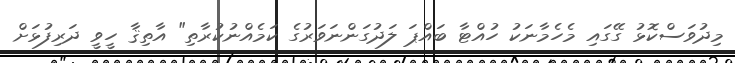
މިދުވަސްކޮޅު ގޭގައި މެހެމާނަކު ހުއްޓާ ބައްޕަ ލަދުގަންނަވަރުގެ ކަމެއްނުކުރާތި" އާތިޤާ ހީވީ ދަރިފުޅަށް